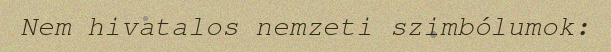
Nem hivatalos nemzeti szimbólumok: